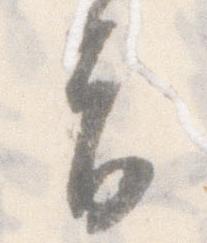
旨